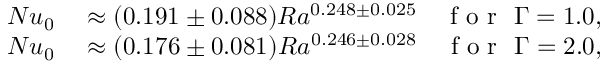
\begin{array} { r l } { N u _ { 0 } } & { { } \approx ( 0 . 1 9 1 \pm 0 . 0 8 8 ) R a ^ { 0 . 2 4 8 \pm 0 . 0 2 5 } \quad \mathrm { ~ f ~ o ~ r ~ } \ \Gamma = 1 . 0 , } \\ { N u _ { 0 } } & { { } \approx ( 0 . 1 7 6 \pm 0 . 0 8 1 ) R a ^ { 0 . 2 4 6 \pm 0 . 0 2 8 } \quad \mathrm { ~ f ~ o ~ r ~ } \ \Gamma = 2 . 0 , } \end{array}